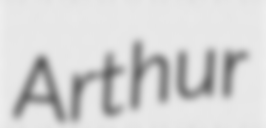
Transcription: Arthur